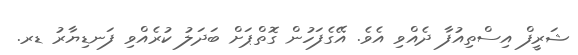
ޝަރީފް އިސްތިއުފާ ދެއްވި އެވެ. އޭގެފަހުން ގޮތްޕަށް ބަދަލު ކުރެއްވި ފަނޑިޔާރު ޑރ.